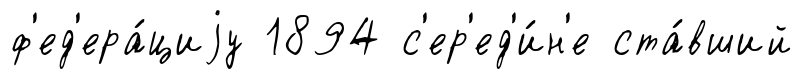
ф'ед'ера́циjу 1894 с'ер'ед'и́н'е ста́вший